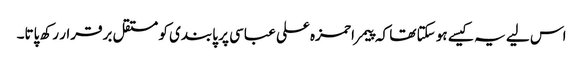
اس لیے یہ کیسے ہو سکتا تھا کہ پیمرا حمزہ علی عباسی پر پابندی کو مستقل برقرار رکھ پاتا۔